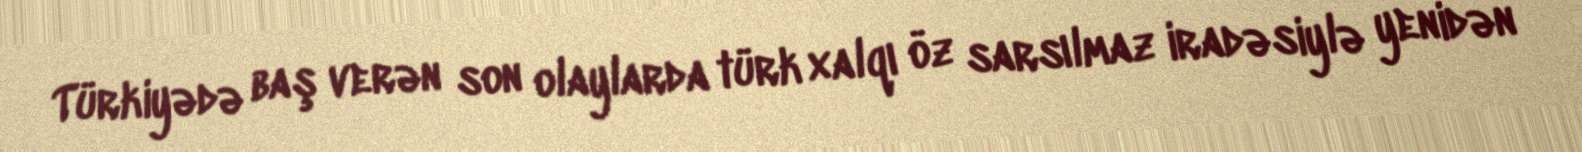
Türkiyədə baş verən son olaylarda türk xalqı öz sarsılmaz iradəsiylə yenidən